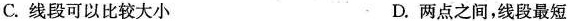
C. 线段可以比较大小 D. 两点之间，线段最短